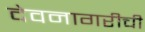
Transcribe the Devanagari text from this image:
देवनागरीची